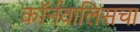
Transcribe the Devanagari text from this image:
कॉर्नवालिसचा